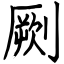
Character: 劂